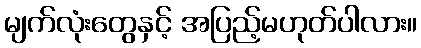
မျက်လုံးတွေနှင့် အပြည့်မဟုတ်ပါလား။